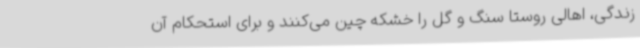
زندگی، اهالی روستا سنگ و گل را خشکه چین می‌کنند و برای استحکام آن